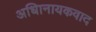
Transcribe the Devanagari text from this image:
अधिानायकवाद